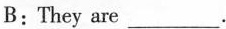
B: They are___.